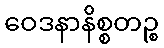
ဝေဒနာနိစ္စတဉ္စ